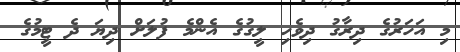
މި އަހަރުގެ ދިރާގު ދިވެހި ލީގުގެ އެންމެ ފުލަށް ދިޔަ ދެ ޓީމުގެ